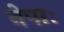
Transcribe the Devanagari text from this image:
नेपाः